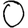
Digit: 0